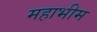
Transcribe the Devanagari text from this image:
महाभीम